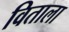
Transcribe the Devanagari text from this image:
विताला